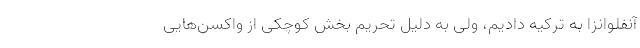
آنفلوانزا به ترکیه دادیم، ولی به دلیل تحریم بخش کوچکی از واکسن‌هایی